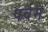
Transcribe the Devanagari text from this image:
पर्वम